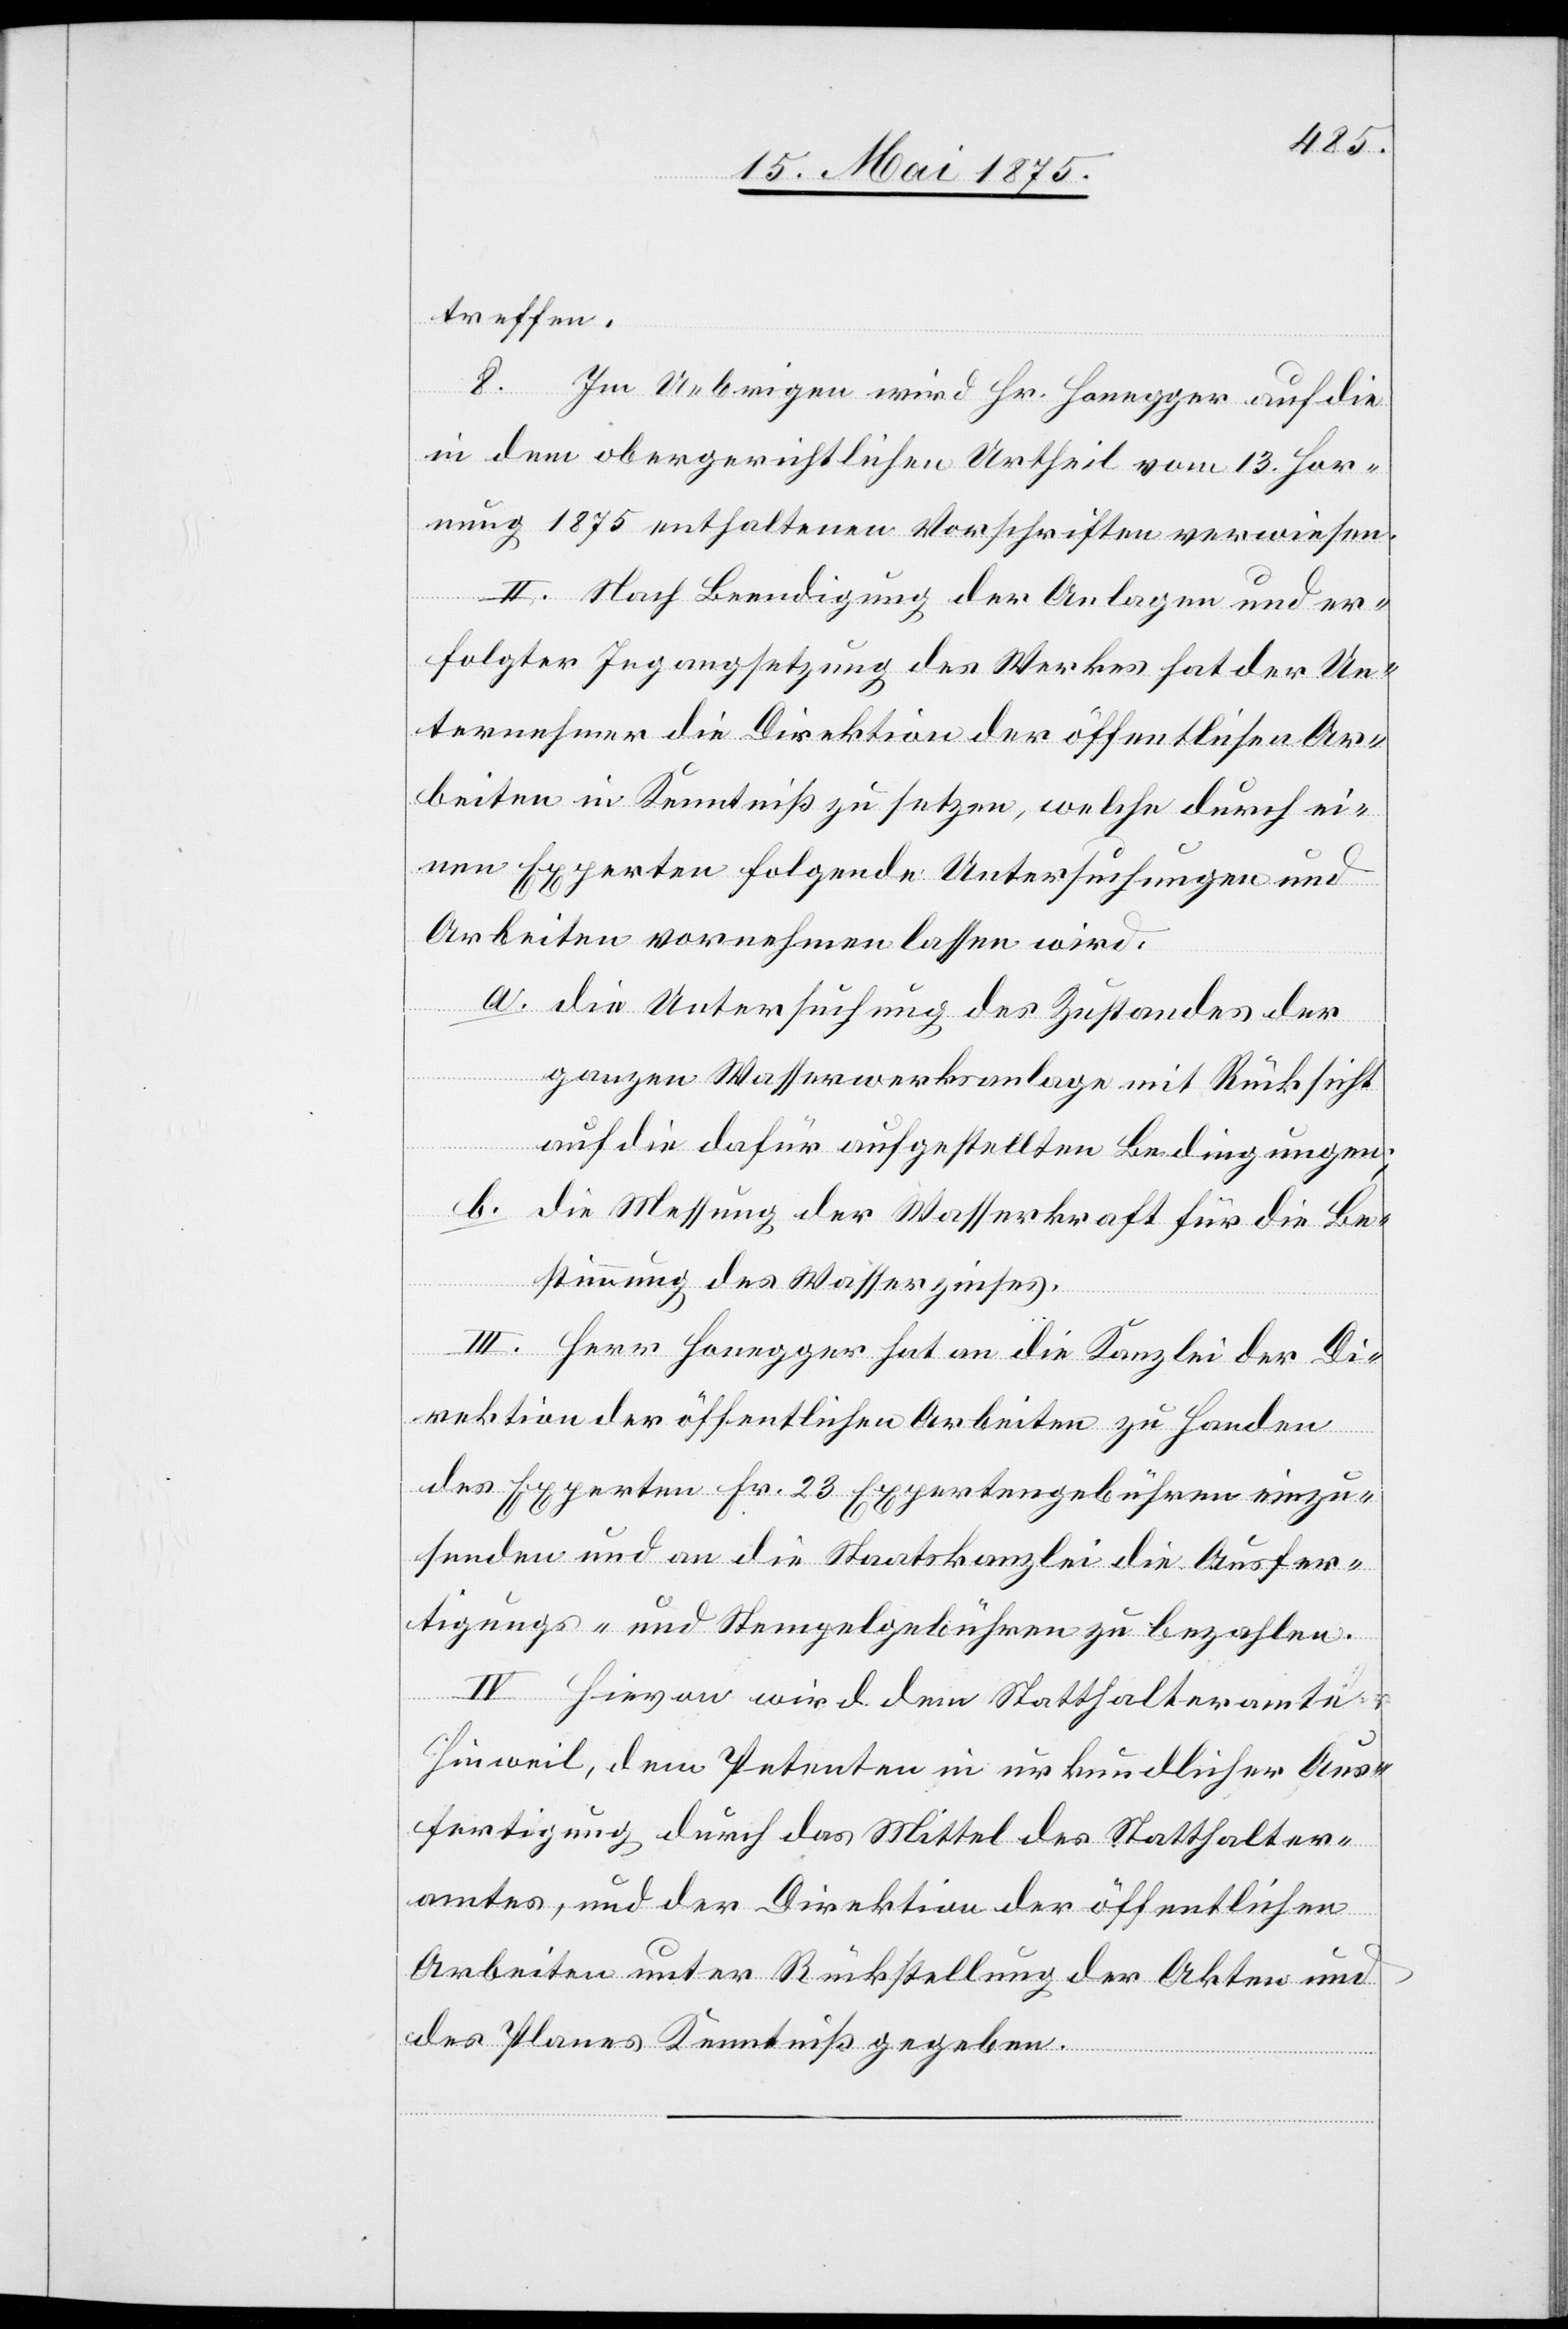
urku¬
treffen.
Au¬
8. Im Uebrigen wird Hr. Honegger auf die
in dem obergerichtlichen Urtheil vom 13. Hor¬
nung 1875 enthaltenen Vorschriften verwiesen.
II. Nach Beendigung der Anlagen und er¬
folgter Instandsetzung des Werkes hat der Un¬
ternehmer die Direktion der öffentlichen Ar¬
beiten in Kenntniß zu setzen, welche durch ei¬
nen Experten folgende Untersuchungen und
Arbeiten vornehmen lassen wird:
a. die Untersuchung des Zustandes der
icher
ganzen Wasserwerksanlage mit Rücksicht
auf die dafür aufgestellten Bedingungen;
b. die Messung der Wasserkraft für die Be¬
stimmung des Wasserzinses.
III. Herr Honegger hat an die Kanzlei der Di¬
rektion der öffentlichen Arbeiten zu Handen
der Experten Fr. 23 Expertengebühren einzu¬
senden und an die Staatskanzlei die Ausfer¬
tigungs- und Stempelgebühren zu bezahlen.
sfertigung durch das Mittel des Statthalter¬
amtes, und der Direktion der öffentlichen
Arbeiten unter Rückstellung der Akten und
des Planes Kenntniß gegeben.
in